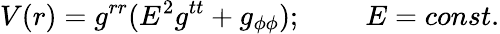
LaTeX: V(r)=g^{rr}(E^{2}g^{tt}+g_{\phi\phi});\; \; \; \; \; \; \; \; E=const.